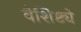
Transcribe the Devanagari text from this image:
वैशिष्ट्येेे